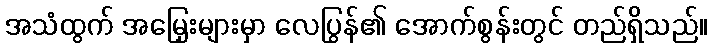
အသံထွက် အမြှေးများမှာ လေပြွန်၏ အောက်စွန်းတွင် တည်ရှိသည်။